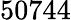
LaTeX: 50744